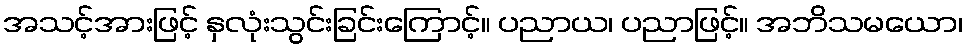
အသင့်အားဖြင့် နှလုံးသွင်းခြင်းကြောင့်။ ပညာယ၊ ပညာဖြင့်။ အဘိသမယော၊